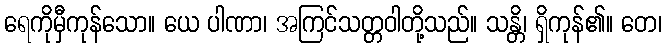
ရေကိုမှီကုန်သော။ ယေ ပါဏာ၊ အကြင်သတ္တဝါတို့သည်။ သန္တိ၊ ရှိကုန်၏။ တေ၊